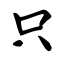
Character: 只